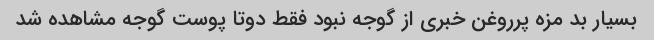
بسیار بد مزه پرروغن خبری از گوجه نبود فقط دو‌تا پوست گوجه مشاهده شد